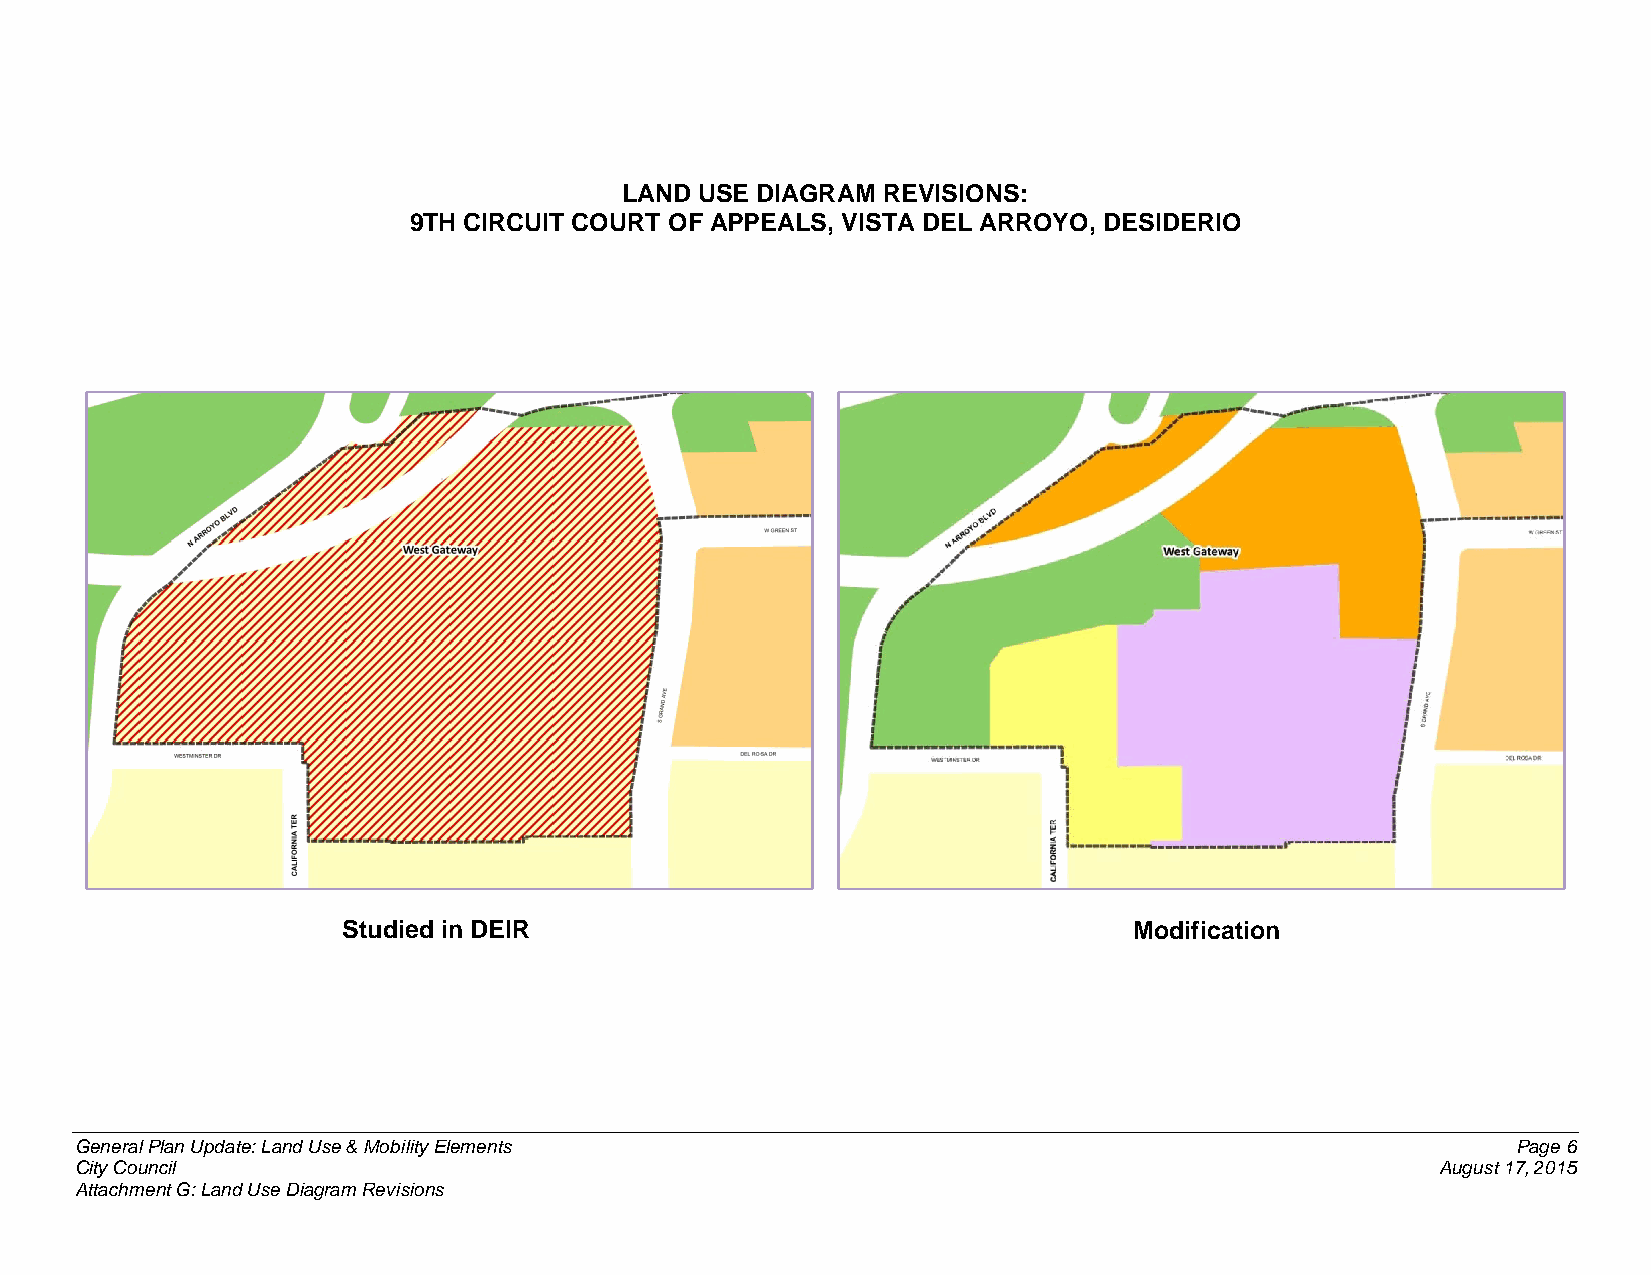
LAND USE DIAGRAM REVISIONS:
 9TH CIRCUIT COURT OF APPEALS, VISTA DEL ARROYO, DESIDERIO
 Studied in DEIR                                     Modification
 General Plan Update: Land Use & Mobility Elements                                              Page 6
 City Council                                                                              August 17, 2015
 Attachment G: Land Use Diagram Revisions